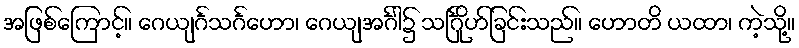
အဖြစ်ကြောင့်။ ဂေယျင်္ဂသင်္ဂဟော၊ ဂေယျအင်္ဂါ၌ သင်္ဂြိုဟ်ခြင်းသည်။ ဟောတိ ယထာ၊ ကဲ့သို့။